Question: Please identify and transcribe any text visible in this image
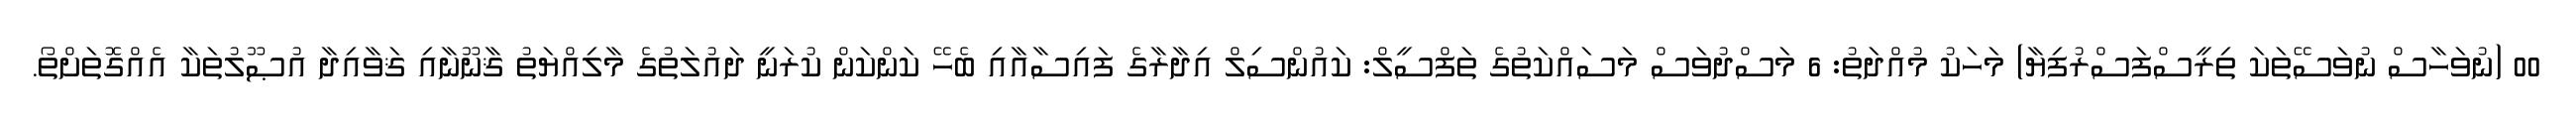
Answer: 00 (ނުވަހާސް ނުވަސޭތަކަ ތިރީސްފަސްރުފިޔާ) މަހަކު މުއްދަތު: 6 މަސްދުވަސް މަސައްކަތުގެ ތަފްސީލް: ކައުންސިލް އިދާރާގެ ފައިސާއާއި ބެހޭ ކަންކަން ކުރަނީ ދައުލަތުގެ މާލިއްޔަތު ޤާނޫނާއި ޤަވާއިދާ އުޞޫލުތަކާ އެއްގޮތަށްތޯ.